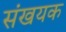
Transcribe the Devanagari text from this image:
संखयक